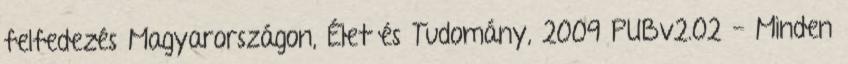
felfedezés Magyarországon, Élet és Tudomány, 2009 PUBv2.02 - Minden